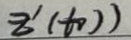
$z ^ { \prime } ( t _ { 0 } ) )$